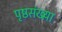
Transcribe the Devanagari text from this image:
पृष्ठसंख्य़ा